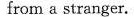
from a stranger.